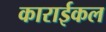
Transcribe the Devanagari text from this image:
काराईकल